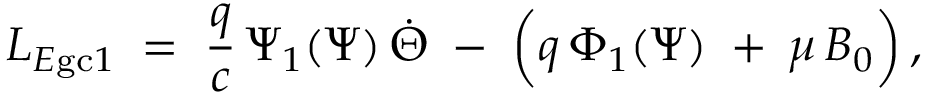
L _ { E \mathrm { g c } 1 } \; = \; \frac { q } { c } \, \Psi _ { 1 } ( \Psi ) \, \dot { \Theta } \; - \; \left( q \, \Phi _ { 1 } ( \Psi ) \; + \frac { } { } \mu \, B _ { 0 } \right) ,